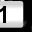
Digit: 1